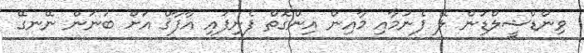
ވިންޑްޝީލްޑުން ލޭ ފެނުމާއި މާއިން އިންގޮތް ފެނިފައި އާފާޤް އަށް ބުނަން ނޭނގޭ